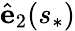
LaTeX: \hat{\mathbf e}_{2}(s_{*})